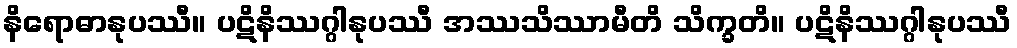
နိရောဓာနုပဿီ။ ပဋိနိဿဂ္ဂါနုပဿီ အဿသိဿာမီတိ သိက္ခတိ။ ပဋိနိဿဂ္ဂါနုပဿီ